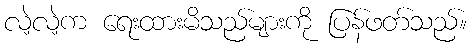
လဲ့လဲ့က ရေးထားမိသည်များကို ပြန်ဖတ်သည်။